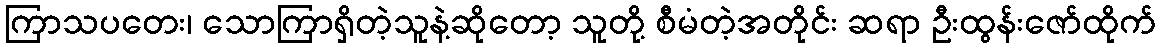
ကြာသပတေး၊ သောကြာရှိတဲ့သူနဲ့ဆိုတော့ သူတို့ စီမံတဲ့အတိုင်း ဆရာ ဦးထွန်းဇော်ထိုက်